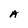
Character: A